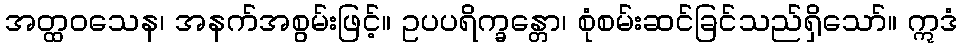
အတ္ထဝသေန၊ အနက်အစွမ်းဖြင့်။ ဥပပရိက္ခန္တော၊ စုံစမ်းဆင်ခြင်သည်ရှိသော်။ ဣဒံ